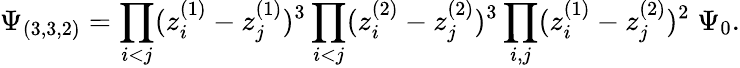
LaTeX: \Psi_{(3,3,2)}=\prod_{i<j}(z_{i}^{(1)}-z_{j}^{(1)})^{3}\prod_{i<j}(z_{i}^{(2)}-z_{j}^{(2)})^{3}\prod_{i,j}(z_{i}^{(1)}-z_{j}^{(2)})^{2}\; \Psi_{0}.